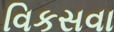
વિકસવા